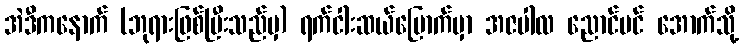
အဲဒီကနောက် (ဘုရားဖြစ်ပြီးသည်မှ) ရက်ငါးဆယ်မြောက်မှာ အဇပါလ ညောင်ပင် အောက်သို့